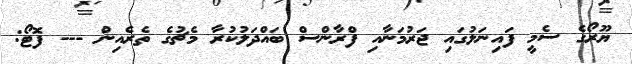
ޔޫރޯގެ ސެމީ ފައިނަލުގައި ޖަރުމަނާއި ފްރާންސް ބައްދަލުކުރާ މެޗުގެ ތެރެއިން --- ފޮޓޯ: